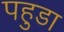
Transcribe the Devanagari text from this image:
पहुडा